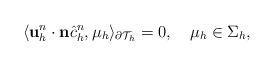
LaTeX: \begin{align*}\langle\mathbf{u}^{n}_h\cdot\mathbf{n}\hat{c}_h^{n},\mu_h\rangle_{\partial\mathcal{T}_h}=0,\quad\mu_h\in\Sigma_h,\end{align*}